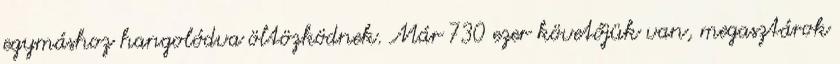
egymáshoz hangolódva öltözködnek. Már 730 ezer követőjük van, megasztárok